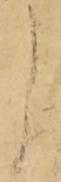
よ